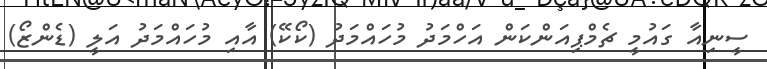
ސީނިއާ ގައުމީ ޗެމްޕިއަންކަން އަހްމަދު މުހައްމަދު (ކޯކޭ) އާއި މުހައްމަދު އަލީ (ޑެންޒޯ)